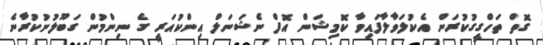
ގޮތް ތަހްގީގުކުރަން އެކުލަވާލާފައިވާ ކޮމިޝަން އޮފް ނެޝަނަލް އިންކުއަރީ ގެ ނިންމުން ގަބޫލުނުކުރާނެ